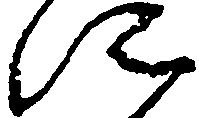
に